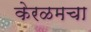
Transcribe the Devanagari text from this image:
केरळमचा